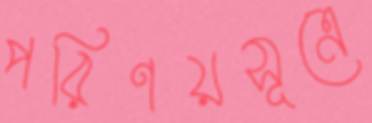
পরিণয়সূত্রে